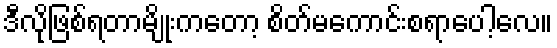
ဒီလိုဖြစ်ရတာမျိုးကတော့ စိတ်မကောင်းစရာပေါ့လေ။